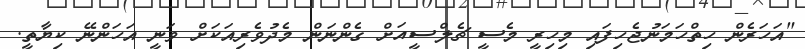
"އަހަރެން ހިތްހަމަނުޖެހިފައި މިހިރީ މެސީ ޗެލްސީއަށް ގެންނަން މެދުވެރިއަކަށް ވަނީ އަހަންނޭ ކިޔާތީ.